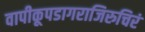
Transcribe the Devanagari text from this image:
वापीकूपडागराजिरुचिरं